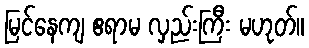
မြင်နေကျ ဧရာမ လှည်းကြီး မဟုတ်။